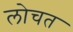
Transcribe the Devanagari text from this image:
लोचत